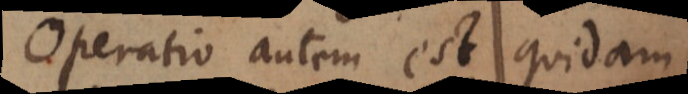
Operatio autem est quidam